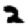
Digit: 2